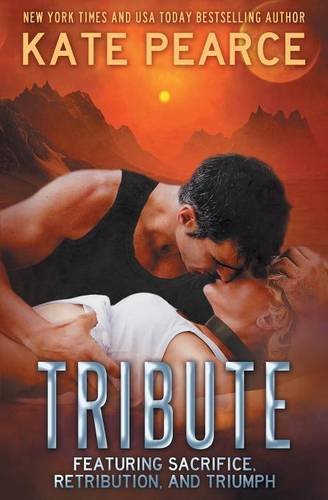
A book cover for Tribute: The Complete Collection; Kate Pearce; Romance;